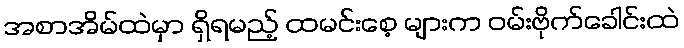
အစာအိမ်ထဲမှာ ရှိရမည့် ထမင်းစေ့ များက ဝမ်းဗိုက်ခေါင်းထဲ